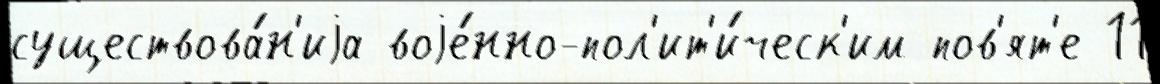
существова́н'иjа воjе́нно-пол'ит'и́ческ'им пов'ят'е 11